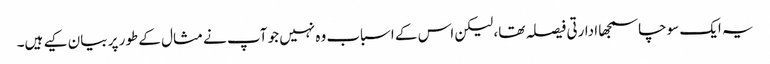
یہ ایک سوچاسمجھا ادارتی فیصلہ تھا، لیکن اس کے اسباب وہ نہیں جو آپ نے مثال کے طور پر بیان کیے ہیں۔